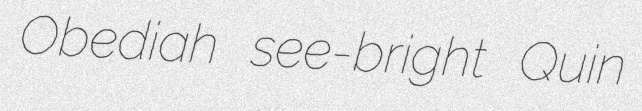
Obediah see-bright Quin